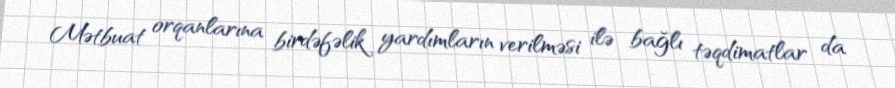
Mətbuat orqanlarına birdəfəlik yardımların verilməsi ilə bağlı təqdimatlar da